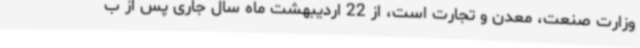
وزارت صنعت، معدن و تجارت است، از 22 اردیبهشت ماه سال جاری پس از ب